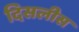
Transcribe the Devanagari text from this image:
दिसलीस